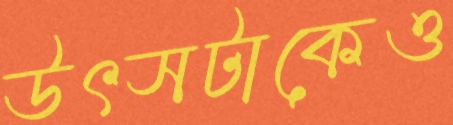
উৎসটাকেও